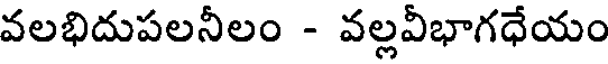
వలభిదుపలనీలం - వల్లవీభాగధేయం